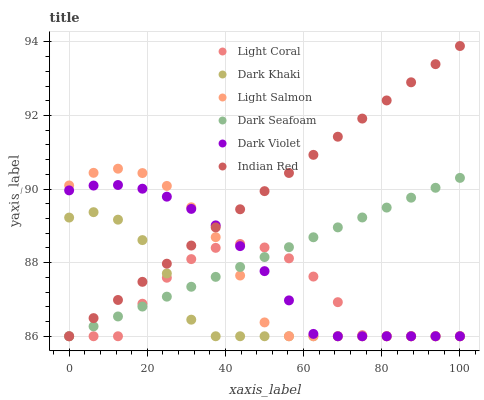
| xaxis_label | Light Coral | Dark Khaki | Light Salmon | Dark Seafoam | Dark Violet | Indian Red |
 | --- | --- | --- | --- | --- | --- | --- |
 | 0 | 86 | 89.2 | 90.1 | 86 | 90 | 86 |
 | 6.25 | 86 | 89.4 | 90.4 | 86.3 | 90.1 | 86.5 |
 | 12.5 | 86 | 89.2 | 90.6 | 86.5 | 90.1 | 87 |
 | 18.8 | 86.9 | 88.6 | 90.4 | 86.8 | 90 | 87.5 |
 | 25 | 87.6 | 87.7 | 90.1 | 87.1 | 89.8 | 88 |
 | 31.2 | 88.1 | 86.5 | 89.5 | 87.3 | 89.5 | 88.5 |
 | 37.5 | 88.4 | 86 | 88.7 | 87.6 | 89 | 89 |
 | 43.8 | 88.5 | 86 | 87.7 | 87.9 | 88.5 | 89.5 |
 | 50 | 88.4 | 86 | 86.4 | 88.2 | 87.8 | 89.9 |
 | 56.2 | 88.1 | 86 | 86 | 88.4 | 87 | 90.4 |
 | 62.5 | 87.6 | 86 | 86 | 88.7 | 86.1 | 90.9 |
 | 68.8 | 86.9 | 86 | 86 | 89 | 86 | 91.4 |
 | 75 | 86 | 86 | 86 | 89.2 | 86 | 91.9 |
 | 81.2 | 86 | 86 | 86 | 89.5 | 86 | 92.4 |
 | 87.5 | 86 | 86 | 86 | 89.8 | 86 | 92.9 |
 | 93.8 | 86 | 86 | 86 | 90 | 86 | 93.4 |
 | 100 | 86 | 86 | 86 | 90.3 | 86 | 93.9 |